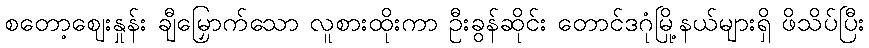
စတော့ဈေးနှုန်း ချီမြှောက်သော လူစားထိုးကာ ဦးခွန်ဆိုင်း တောင်ဒဂုံမြို့နယ်များရှိ ဖိသိပ်ပြီး